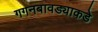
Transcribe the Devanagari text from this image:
गगनबावड्याकडे